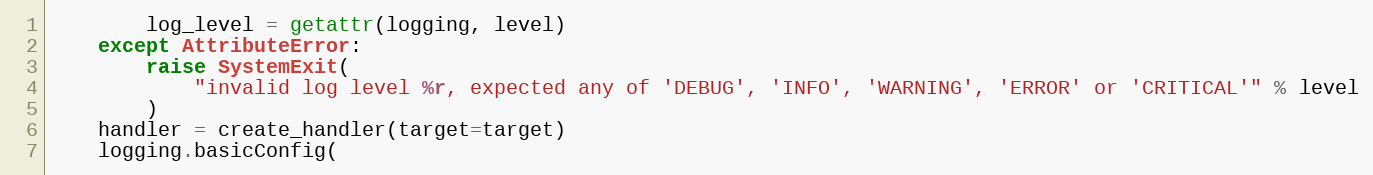
Language: Python
        log_level = getattr(logging, level)
    except AttributeError:
        raise SystemExit(
            "invalid log level %r, expected any of 'DEBUG', 'INFO', 'WARNING', 'ERROR' or 'CRITICAL'" % level
        )
    handler = create_handler(target=target)
    logging.basicConfig(